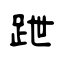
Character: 跇